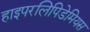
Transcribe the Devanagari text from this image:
हाइपरलिपिडेमियस